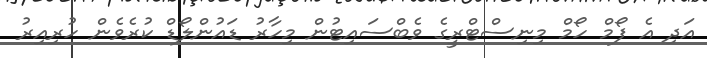
އަދި އެ ފޯމް ހޯމް މިނިސްޓްރީގެ ވެބްސައިޓުން މިހާރު ޑައުންލޯޑް ކުރެވެން ހުރިއިރު